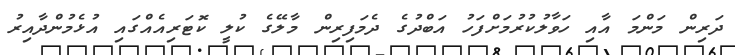
ދަރިން މަންމަ އާއި ހަވާލުކުރުމަށްފަހު އަބްދުގެ ދެމަފިރިން މާލޭގެ ކުލީ ކޮޓަރިއެއްގައި އުޅެމުންދާއިރު